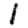
Digit: 1